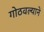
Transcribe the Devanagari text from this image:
गोठवल्याने